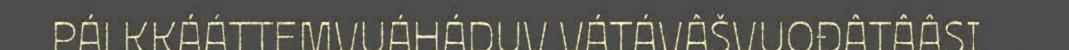
PÁLKKÁÁTTEMVUÁHÁDUV VÁTÁVÂŠVUOĐÂTÂÂSI